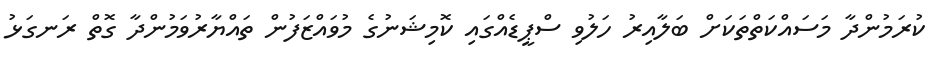
ކުރަމުންދާ މަސައްކަތްތަކަށް ބަލާއިރު ހަލުވި ސްޕީޑެއްގައި ކޮމިޝަނުގެ މުވައްޒަފުން ތައްޔާރުވަމުންދާ ގޮތް ރަނގަޅު